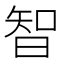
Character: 智